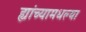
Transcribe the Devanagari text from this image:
ह्यांच्यामधल्या